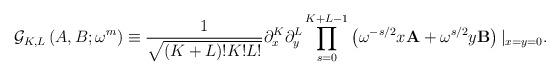
LaTeX: \begin{align*}\displaystyle{\mathcal{G}_{K,L} \left( A, B; \omega^m \right) \equiv\frac{1}{\sqrt{(K+L)!K!L!}} \partial_x^K \partial_y^L \prod_{s=0}^{K+L-1} \left( \omega^{-s/2} x \mathbf{A} + \omega^{s/2} y \mathbf{B} \right) \vert_{x=y=0}. }\end{align*}